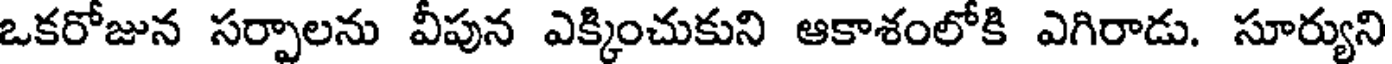
ఒకరోజున సర్పాలను వీపున ఎక్కించుకుని ఆకాశంలోకి ఎగిరాడు. సూర్యుని